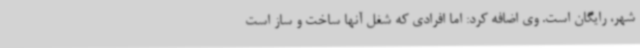
شهر، رایگان است. وی اضافه کرد: اما افرادی که شغل آنها ساخت و ساز است